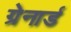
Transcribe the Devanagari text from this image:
ग्रेनार्ड